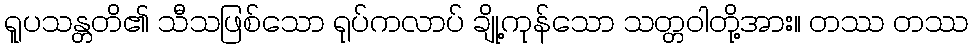
ရူပသန္တတိ၏ သီသဖြစ်သော ရုပ်ကလာပ် ချို့ကုန်သော သတ္တဝါတို့အား။ တဿ တဿ